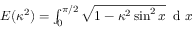
\begin{array} { r } { E ( \kappa ^ { 2 } ) = \int _ { 0 } ^ { \pi / 2 } \sqrt { 1 - \kappa ^ { 2 } \sin ^ { 2 } x } \, \mathrm { ~ d ~ } x } \end{array}